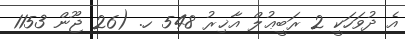
އެ ދުވަހަކީ 2 ރަބީޢުލް އާޚިރު 548 ހ. (26 ޖޫން 1153